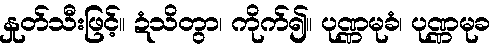
နှုတ်သီးဖြင့်။ ဍံသိတွာ၊ ကိုက်၍။ ပုဏ္ဏမုခံ၊ ပုဏ္ဏမုခ